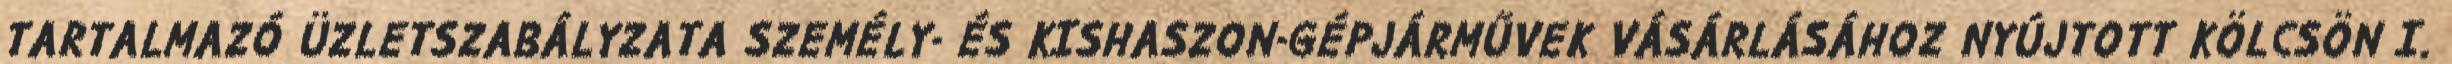
TARTALMAZÓ ÜZLETSZABÁLYZATA SZEMÉLY- ÉS KISHASZON-GÉPJÁRMŰVEK VÁSÁRLÁSÁHOZ NYÚJTOTT KÖLCSÖN I.